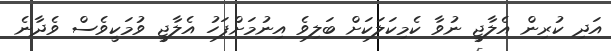
އަދި ކުރިން އެލާޖީ ނުވާ ކެމިކަލަކަށް ބަލިވެ އިނުމަށްފަހު އެލާޖީ ވުމަކީވެސް ވެދާނެ